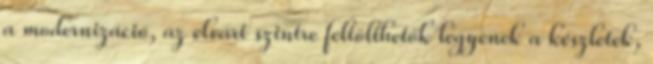
a modernizáció, az elvárt szintre feltölthetők legyenek a készletek,